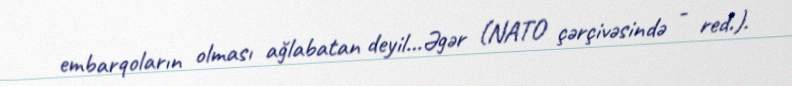
embarqoların olması ağlabatan deyil…Əgər (NATO çərçivəsində - red.).